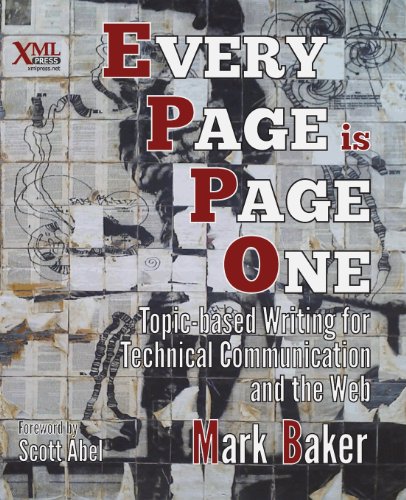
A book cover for Every Page Is Page One: Topic-Based Writing for Technical Communication and the Web; Mark Baker; Computers & Technology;